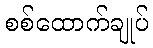
စစ်ထောက်ချုပ်